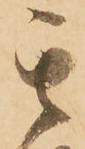
其